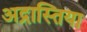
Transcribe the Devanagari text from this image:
अद्रास्तिया